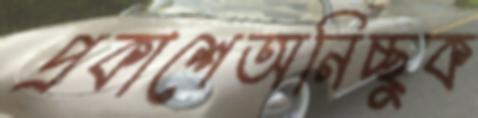
প্রকাশেঅনিচ্ছুক